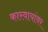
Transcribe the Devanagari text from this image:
कारवायांवर